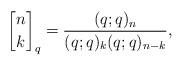
LaTeX: \begin{align*}{n \brack k}_{q}=\frac{(q;q)_{n}}{(q;q)_{k}(q;q)_{n-k}},\end{align*}